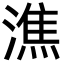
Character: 潐